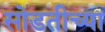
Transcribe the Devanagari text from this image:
सोडतीच्या